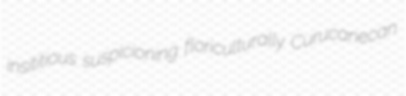
insititious suspicioning floriculturally Curucanecan